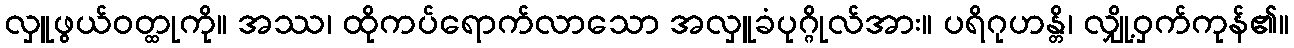
လှူဖွယ်ဝတ္ထုကို။ အဿ၊ ထိုကပ်ရောက်လာသော အလှူခံပုဂ္ဂိုလ်အား။ ပရိဂုဟန္တိ၊ လျှို့ဝှက်ကုန်၏။